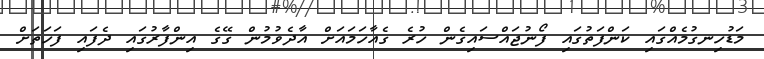
މަޑުހިނގުމެއްގައި ކަންފަތުގައި ފޯނުޖައްސައިގެން ހުރެ ގެއާހަމައަށް އާދެވުމުން ގޭގެ އިންފާރުގައި ދެފައި ފަހަތަށް